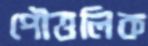
পৌত্তলিক